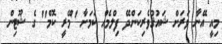
މިއީ އޭނާ ވަރަށް ޝައުޤުވެރިކަންދޭ ފިލްމެއް ކަމަށާ ''މޭރީ ކޮމް'' ގެ ޝޫޓިން